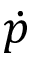
\dot { p }